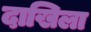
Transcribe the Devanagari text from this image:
दाखिला